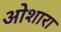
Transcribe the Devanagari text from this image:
ओशारा